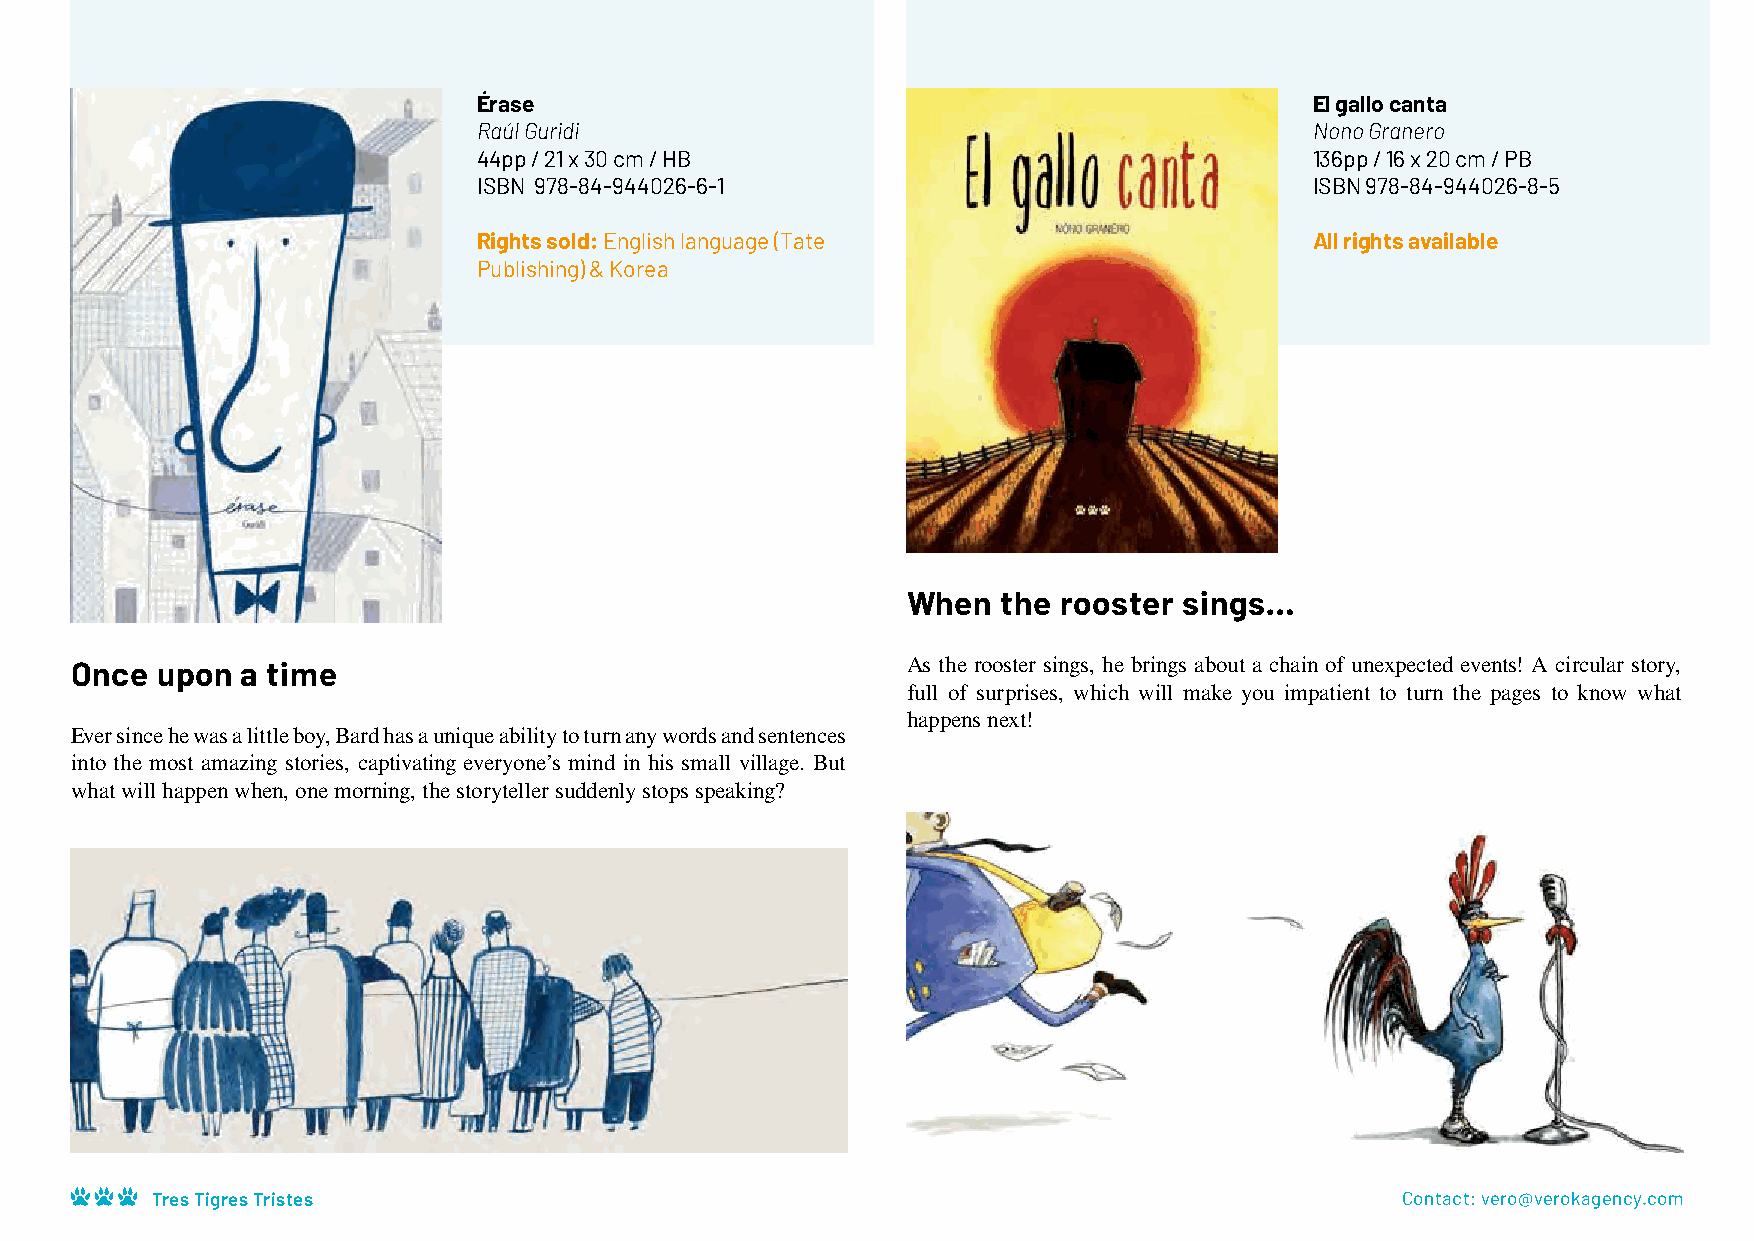
Érase                                                  El gallo canta
 Raúl Guridi                                            Nono Granero
 44pp / 21 x 30 cm / HB                                 136pp / 16 x 20 cm / PB
 ISBN 978-84-944026-6-1                                 ISBN 978-84-944026-8-5
 Rights sold: English language (Tate                    All rights available
 Publishing) & Korea
 When  the rooster sings…
 Once upon  a time                                      As the rooster sings, he brings about a chain of unexpected events! A circular story,
 full of surprises, which will make you impatient to turn the pages to know what
 happens next!
 Ever since he was a little boy, Bard has a unique ability to turn any words and sentences
 into the most amazing stories, captivating everyone’s mind in his small village. But
 what will happen when, one morning, the storyteller suddenly stops speaking?
 El gallo canta
 Tres Tigres Tristes                                                                Contact: vero@verokagency.com